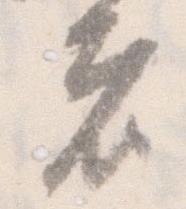
者